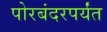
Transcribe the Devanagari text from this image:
पोरबंदरपर्यंत